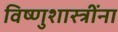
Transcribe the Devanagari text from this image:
विष्णुशास्त्रींना